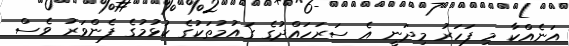
އަނެއްކާ މި ފަހަރު މިދަނީ އެ ސަރަހައްދުގެ ގައުމުތަކުގެ ކުުޅުމުގެ ފެންވަރު ވެސް